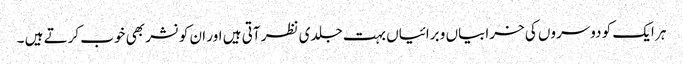
ہر ایک کو دوسروں کی خرابیاں و برائیاں بہت جلدی نظر آتی ہیں اور ان کو نشر بھی خوب کرتے ہیں ۔